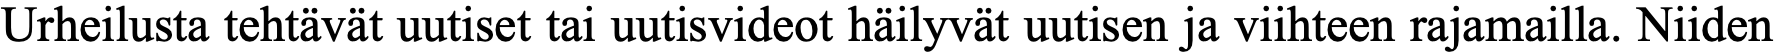
Urheilusta tehtävät uutiset tai uutisvideot häilyvät uutisen ja viihteen rajamailla. Niiden